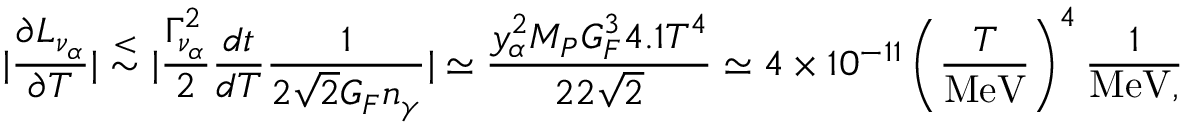
| { \frac { \partial L _ { \nu _ { \alpha } } } { \partial T } } | \stackrel { < } { \sim } | { \frac { \Gamma _ { \nu _ { \alpha } } ^ { 2 } } { 2 } } { \frac { d t } { d T } } { \frac { 1 } { 2 \sqrt { 2 } G _ { F } n _ { \gamma } } } | \simeq { \frac { y _ { \alpha } ^ { 2 } M _ { P } G _ { F } ^ { 3 } 4 . 1 T ^ { 4 } } { 2 2 \sqrt { 2 } } } \simeq 4 \times 1 0 ^ { - 1 1 } \left( { \frac { T } { \mathrm { M e V } } } \right) ^ { 4 } { \frac { 1 } { \mathrm { M e V , } } }